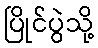
ပြိုင်ပွဲသို့